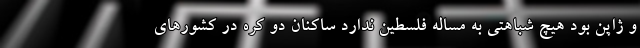
و ژاپن بود هیچ شباهتی به مساله فلسطین ندارد ساکنان دو کره در کشورهای